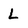
Character: L